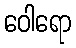
ဝေါရော